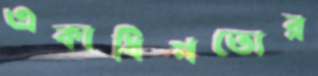
একাধিপত্যের